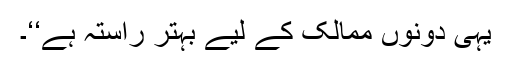
یہی دونوں ممالک کے لیے بہتر راستہ ہے‘‘۔